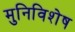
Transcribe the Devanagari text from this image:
मुनिविशेष